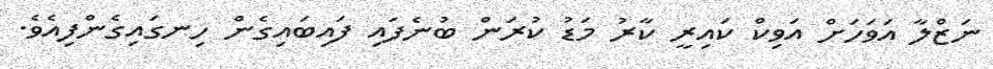
ނަޒްލާ އަވަހަށް އަވިކް ކައިރީ ކާރު މަޑު ކުރަން ބުނެފައި ފައިބައިގެން ހިނގައިގެންފިއެވެ.